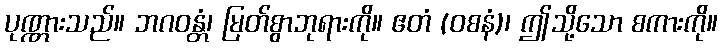
ပုဏ္ဏားသည်။ ဘဂဝန္တံ၊ မြတ်စွာဘုရားကို။ ဧတံ (ဝစနံ)၊ ဤသို့သော စကားကို။